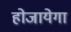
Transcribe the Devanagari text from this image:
होजायेगा